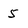
Character: 5